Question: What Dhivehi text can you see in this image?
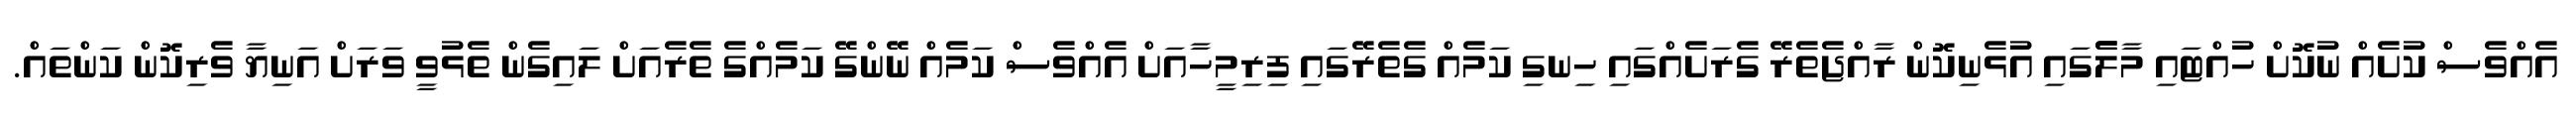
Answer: އެއްވެސް ކުށެއް ނުކޮށް ހުއްޓައި މާލެެގައި އުޅެނިކޮން ރާއްޖެތެރޭ ގެރަށެއްގައި ހިނގި ކަމެއް ގެތެރޭގައި ފިރިމީހާއަށް އެއްވެސް ކަމެއް ނޭންގޭ ކަމެއްގެ ތެރެއަށް ލައިގެން ތެޅުވީ ވަރަށް އަނިޔާ ވެރިކޮން ކަންތައް.